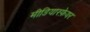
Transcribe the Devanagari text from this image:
मीडियास्फ़ेयर